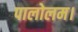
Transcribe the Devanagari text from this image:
पालोलम।